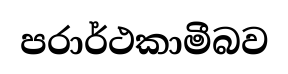
පරාර්ථකාමීබව